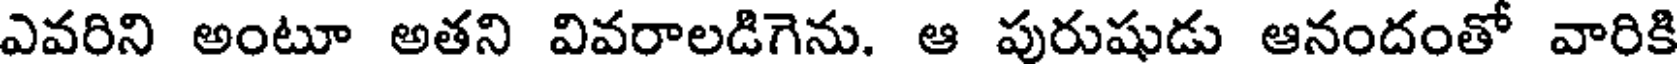
ఎవరిని అంటూ అతని వివరాలడిగెను. ఆ పురుషుడు ఆనందంతో వారికి